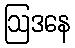
ဩဒနေ